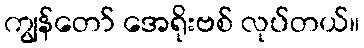
ကျွန်တော် အေရိုးဗစ် လုပ်တယ်။